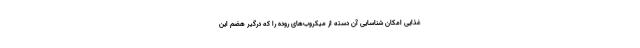
غذایی امکان شناسایی آن دسته از میکروب‌های روده را که درگیر هضم این